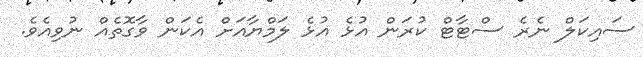
ސައިކަލް ނެރެ ސްޓާޓް ކުރަން އުޅެ އުޅެ ލަމްޔާއަށް އެކަން ވާގޮތެއް ނުވިއެވެ.